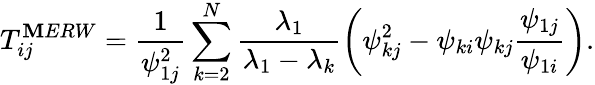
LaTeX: T_{ij}^{\mathbf{M}ERW}=\frac{{1}}{{\psi_{1j}^{2}}}\sum_{k=2}^{N}\frac{{\lambda_{1}}}{{\lambda_{1}-\lambda_{k}}}\left(\psi_{kj}^{2}-\psi_{ki}\psi_{kj}\frac{{\psi_{1j}}}{{\psi_{1i}}}\right).